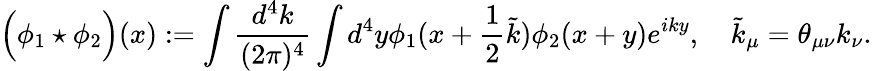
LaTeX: \Big(\phi_{1}\star\phi_{2}\Big)(x):=\int\frac{d^{4}k}{(2\pi)^{4}}\int d^{4}y\phi_{1}(x+\frac 12\tilde{k})\phi_{2}(x+y)e^{iky},\quad\tilde{k}_{\mu}=\theta_{\mu\nu}k_{\nu}.